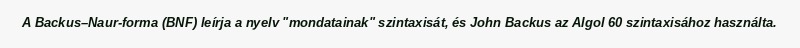
A Backus–Naur-forma (BNF) leírja a nyelv "mondatainak" szintaxisát, és John Backus az Algol 60 szintaxisához használta.